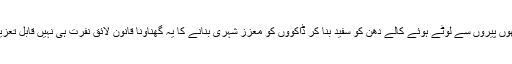
چاروں ہاتھوں پیروں سے لوٹے ہوئے کالے دھن کو سفید بنا کر ڈاکوؤں کو معزز شہری بنانے کا یہ گھناؤنا قانون لائق نفرت ہی نہیں قابل تعزیر بھی ہے۔